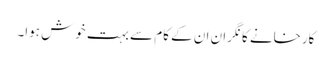
کارخانے کا نگران ان کے کام سے بہت خوش ہوا۔